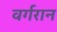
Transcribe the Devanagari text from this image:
वर्गरान